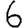
Digit: 6